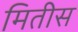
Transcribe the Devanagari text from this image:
मितीस